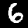
Digit: 6